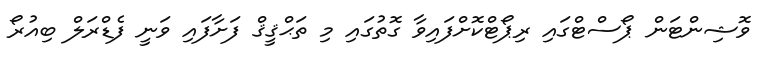
ވޮޝިންޓަން ޕޯސްޓްގައި ރިޕޯޓްކޮށްފައިވާ ގޮތުގައި މި ތަޙްޤީޤް ފަށާފައި ވަނީ ފެޑްރަލް ބިއުރޯ